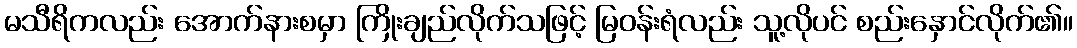
မသီရိကလည်း အောက်နားစမှာ ကြိုးချည်လိုက်သဖြင့် မြဝန်းရံလည်း သူ့လိုပင် စည်းနှောင်လိုက်၏။